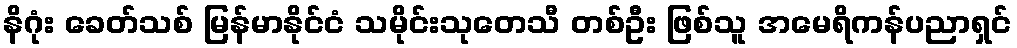
နိဂုံး ခေတ်သစ် မြန်မာနိုင်ငံ သမိုင်းသုတေသီ တစ်ဦး ဖြစ်သူ အမေရိကန်ပညာရှင်